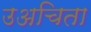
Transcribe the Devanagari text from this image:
उअचिता